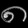
Digit: ၈